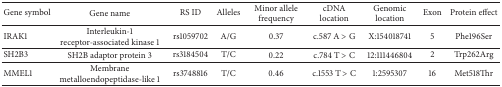
| Gene symbol | Gene name | RS ID | Alleles | Minor allele frequency | cDNA location | Genomic location | Exon | Protein effect |
 | --- | --- | --- | --- | --- | --- | --- | --- | --- |
 | IRAK1 | Interleukin-1 receptor-associated kinase 1 | rs1059702 | A/G | 0.37 | c.587 A > G | X:154018741 | 5 | Phe196Ser |
 | SH2B3 | SH2B adaptor protein 3 | rs3184504 | T/C | 0.22 | c.784 T > C | 12:111446804 | 2 | Trp262Arg |
 | MMEL1 | Membrane metalloendopeptidase-like 1 | rs3748816 | T/C | 0.46 | c.1553 T > C | 1:2595307 | 16 | Met518Thr |